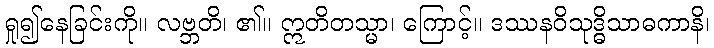
ရှု၍နေခြင်းကို။ လဗ္ဘတိ၊ ၏။ ဣတိတသ္မာ၊ ကြောင့်။ ဒဿနဝိသုဒ္ဓိသာဓကာနိ၊